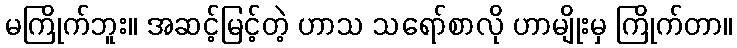
မကြိုက်ဘူး။ အဆင့်မြင့်တဲ့ ဟာသ သရော်စာလို ဟာမျိုးမှ ကြိုက်တာ။